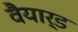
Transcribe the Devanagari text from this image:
वैयार्ड